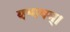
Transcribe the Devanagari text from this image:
यन्मयम्।